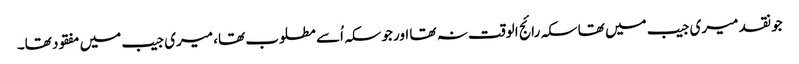
جو نقد میری جیب میں تھا سکہ رائج الوقت نہ تھا اور جو سکہ اُسے مطلوب تھا، میری جیب میں مفقود تھا۔